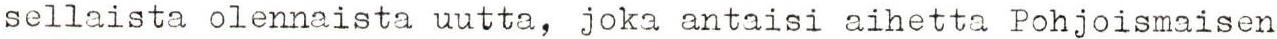
sellaista olennaista uutta, joka antaisi aihetta Pohjoismaisen